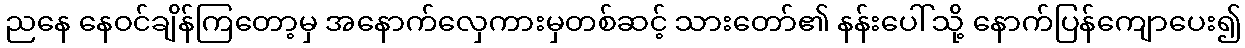
ညနေ နေဝင်ချိန်ကြတော့မှ အနောက်လှေကားမှတစ်ဆင့် သားတော်၏ နန်းပေါ်သို့ နောက်ပြန်ကျောပေး၍